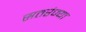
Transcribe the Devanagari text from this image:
सतरंज्या